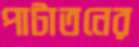
পাটাতনের